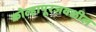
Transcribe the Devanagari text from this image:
कोल्हापूरजवळील